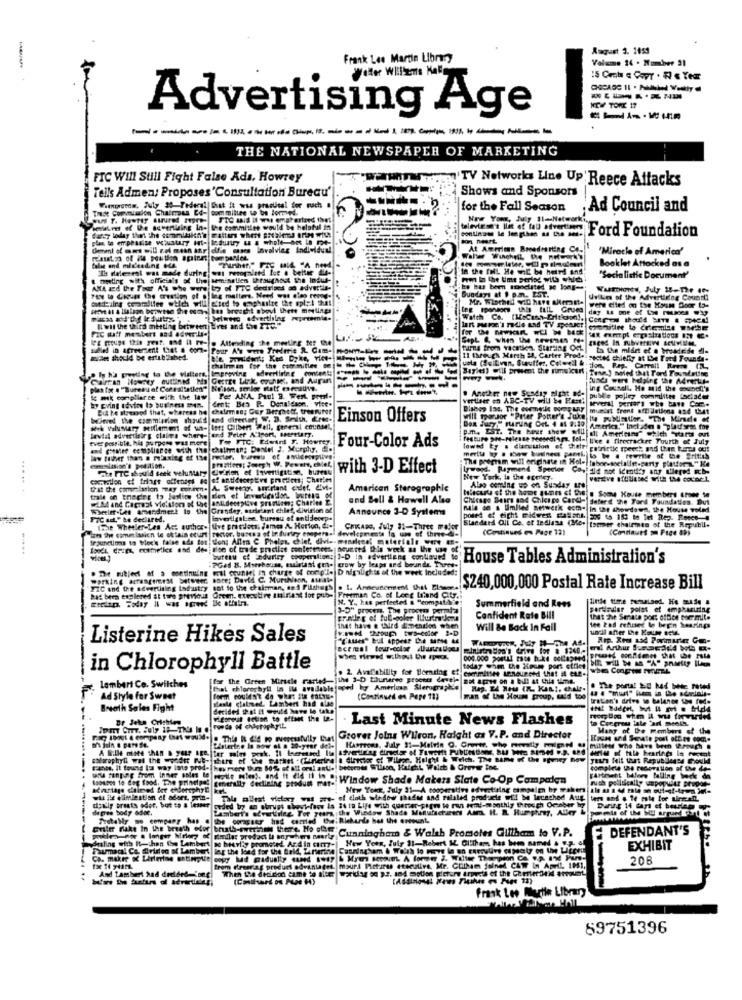
August 3. 1159
Frank Lee Martin Libry
Volume 14 . Number 21
-
NEW TONE 17
Advertising Age
THE NATIONAL NEWSPAPER OF MARKETING
FIC Will Still Fight False Ada, Howrey
TV Networks Line Up'Reece Attacks
Tells Admen: Proposes'Consultation Bureau'
Shows and Sponsors
These Commission Chalmous Ed- committee to be formed.
Wirtrondw, July 30 Federal That it was practical dor nach
for the Fall Season
; Ad Council and
wul y. Howtty atured regre- SOC said it wa emateriaed thet
New Your, July 11-Netw
belalr of De advertising in- the committee would be helpful in
dety today that the commitki's matters where arealmed orips with
Mist lit of bu fret- Ford Foundation
Genel of amt will rot mein sar difie cases involving Individual
At American BooedHarting Co.
"Miracle of America'
Booklet Attacked as a
Calle and misleading ede.
In the full He wnC be hard and
a meeting with officials of the seminallen throughout the Indus-
"Socialistic Document"
ANA and the Tour A's Che were to of FTC dedsized so advertle-
PLY lo Ciguar the creation of . leg matters. Need was cies recoge 5,
Sundays at 1 p.m. EST.
he has been mooclated so long-
Conseiles ceramilien which will etted to enphasite the spi; l that
Mr. Wiached yiD have seront-
uille of the Advertiene Counsti
day Is me of Los resoes wap
Delwwo ofvertliler muprismnia.
Watch Co. (MsCans Erickson).
Fic daff mesbert and adwerde-
ILwil the third meeting between bires and She FTE!"
IFE Rouge this gest. and It re- @ Attending the meeting ter the
sulled in acreersent (at a come Pomp A's were Tredetie R. Cam-
turn4 from vacation. Starting Oct
La the mlart of a trendlede dle
21 through March 23, Carter Prodel sected chiefty at Lbe Tond Founde-
Cuota (Sullivan, Stauffer, Coloreil &.
-----
Bayles) will present the rimuicant Pena.] soled that Tord Toondeting
Carran Hovedy outlined his Cette Link. czunk, and Augen
---
--
Lunds wers helping the Mrenkle
plan for . "Bureau of Corraltatles" Nelson, terler staff creative.
. Another new Sunday night ade
ing Council. He mid the exchef's
ic mik compliance with the law
Cent: Bes P. Donaldson. vite.
Pe ANA, Paul B. Wert. pourl-
publ'e pojley committee tociader
But he stressed that, whereas he chalemes; Gur Berghott, treesuret
murist trent affilletlona and that
Wned the commission should and director W. D. Seilth, Erte-
Einson Offers
Will thorJor "Peter Potter's Jul
avla advertising claims where-tend Peter A'lport, Beretary,
p.m. EST. The hour show willfall Americans" which starts out
ever possible. his Purpose Was more
Tw FTC: Eiwird f. Howrey
feature pre-release ressedlan. foi- like . firecracker Fourth of July
and chesee compliance with the chethmen: Daniel J. Murphy,
Four-Color Ads
lowed ty . dlacession of theffi patrictic speech and Chee tos ott
Imation: Joseph W. Peweit, chle!
The program will grichate in Hole tabor-socialesparty plattor" Ke
merita by s show business panth is to . rewrite of the British
ate TTC should seek weluntary division of Investigation, bures
with 3-D Effect
tyword. Raymend Spector Cop! did not Identity any dilered FCb.
New York, to the egenley.
verzive affiliated with the council
... .. .
Amarican Sterographie
Also cemine up on Sunday are
and Sell & Hawell Also
Chicago Bears sa4 Chica co Card-13
daferd the Ford Foundation. But
Wheeler.Les amendment to the Grandey, audielant chlef, division of
Announce 3-D Systems
nala en a limited sewerk esthe in the showdown, the House Toled
" a" he declared.
invaligal:se, bureau of entidecrp.
posed of eight midwest casath 200 ts 183 to let Rep. Rocce 4
The Wheeler-Les Act auchce- tive protect, Fomes A. Horton, do-
amelasien to obtain eturt rector, bursa of Industry enepers. developevente la uw of three-4-
CHKADO, July 31-Three major
Blanderd Oli Ce. et Tedlasa (Mee tommer chairmen of the Republi.
(Continues en Page 12)
.....
10%1. dries, cosmetics and dee; Bien of trade practice conference. nounted this week as the use of
Wufflu ef Ladurley cooperation: 1-D In savertiene contoycd , House Tables Administration's
House Tables Administration's
. De suitjedt Mf a continuing wal counsel in charge of comp'le D nigalights of the week Included:
"PGad B. Mseshouse, maistast cent- crow by leaps und beundt, Three-
boce; David C. Murchison, susle
FIC and the advertising Industry sot to the chairman, ses Filshugh . I. Andeusement the Blame.
$240,000,000 Postal Rate Increase Bill
hat been explered at tore armvous Green, executive amiriant for pub-
N. Y ., kes perfected & "compatibi.
Freeman Co. of Long Lifand City.
Summerfield and Rees
3-D" prosen, The groove parala
perdader polst ef emphasizing
pradir e of full-poler
Confident Rate Bill
that the Senate pors office toemile
that have e third dimension when
Will Be Back In Fail
tee 2ad refused le begin hearings
Listerine Hikes Sales
inistr don's drive for # 8240 .-
in Chlorophyll Battle
. 2 Availability for Boending ef committee announced that it Can-
the Green Miracle rarted-jthe 3-D thurtree process devele not agree on a bill at this time.
lambert Co. Switches
hat chlorophyll in its available
javed hoy American Slerographie
Ad Style for Sweet
Form couldn't do what its fatys.
Mesle claimed. Lambert had also
(Continued en Pepe 11)
Fan of the House proup, wald too
traten's drive to balance ton fode
Breath Sales Fight
derided that it would have le take
Br Jeka Crichton
. Last Minute News Flashes
to Ceegrou late art meelh.
Many of the members of the
Grover Johns Wilron, Haight as V.P. and Director
Platertee Is now at a 30-year dele
sharophyll wal the wooder Po- there of the mathet -(tunering a director of Tileer, Halgh & Welch. The Same of the Pyoney how
years felt that Republlenes mould
Fanns, it found la way into prode has mere thure 80% of All ordi antis bedoente Wlisse, Haight, Welch & Grover Inc.
complete the recovallon of the de-
Sufitrally declining stodumt mar- Window Shade Makers Slate Co-Op Campaign
cartesent balers falling beck
With politically unpopular gruppe
admariage ditired fer erlorophyll ket
dolly praats odor, but co a lesser
wil ilt elimination el aders. prin-
Tale alleat victory was pre- of cloth window shades and related products will be lecached Auf ters and . le rate for airmeinl.
de pres Sody 6dec.
Lamberts Erekilne Tor years the Window Shada Manufacturers Atm. It. R. Humphrey, Aller L
coded by an abrupt showt-fase la 34 19 Life with quarter-page to ran semi-mpothis through October by
Tiotally so company has . the coragsey had carried the: Richurda het the entout.
Griler fakt In the breath ofor bruth-swernie ther't. No .WE Cunningham & Walsh Promotes Giftham to V.P.
DEFENDANT'S
dealing with It- hen Cse Lambert so bearl'y promoted And in cum-| New Youn, July 31-Robert M. Glithem has bem named . E.g. a
Faumacal Ca. @ridien of Lambert lar the lond for the bold, Zirterine Canningham & Welsh to perve lo en cupowlive cupeaty on Uw Liteen
EXHIBIT
Ca. makre & Lirlerine satinplie copy hd gradually dand $ =? & Mye sowie A fome 2. Walter Thompson Ca .8. IN Fun-
20
And Lambert had decided-Song
frem drsarias product advantages. mours Pictures eterulive, Mr. Culham joined CAT In April 1041.
Frank Lee Marthe Library
89751396